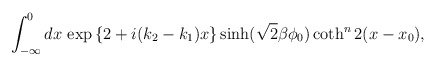
\begin{align*}\int_{-\infty}^{0}dx\,\exp{\left\{2+i(k_{2}-k_{1})x\right\}}\sinh(\sqrt{2}\beta \phi_{0})\coth^{n} 2(x-x_{0}),\end{align*}